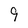
Character: 9